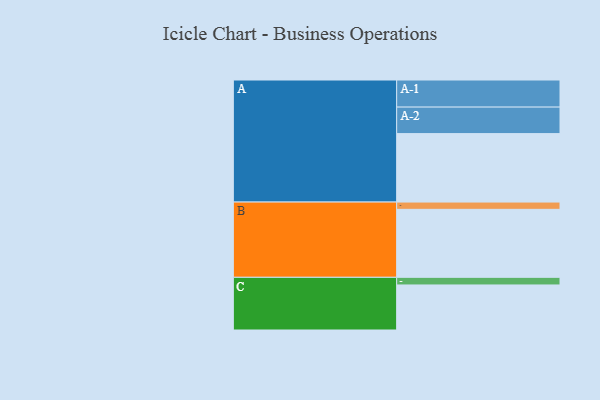
{"axis": {"x": "Segment", "y": "Value"}, "legend": ["", "A", "B", "C"], "data": [{"x": "A", "y": 591, "type": ""}, {"x": "B", "y": 587, "type": ""}, {"x": "C", "y": 389, "type": ""}, {"x": "A-1", "y": 234, "type": "A"}, {"x": "A-2", "y": 229, "type": "A"}, {"x": "B-1", "y": 63, "type": "B"}, {"x": "C-1", "y": 66, "type": "C"}]}